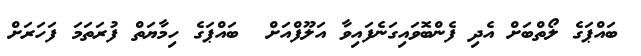
ބައްޕަގެ ލޯތްބަށް އެދި ފެންބޮވައިގަނެފައިވާ އަލޫފްއަށް  ބައްޕަގެ ހިމާޔަތް ފުރަތަމަ ފަހަރަށް